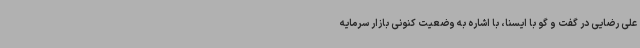
علی رضایی در گفت و گو با ایسنا، با اشاره به وضعیت کنونی بازار سرمایه